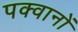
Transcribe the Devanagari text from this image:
पक्वानों